King Institute of Preventive Medicine Micro-Biological Section reports 1909-11
Year: 1909
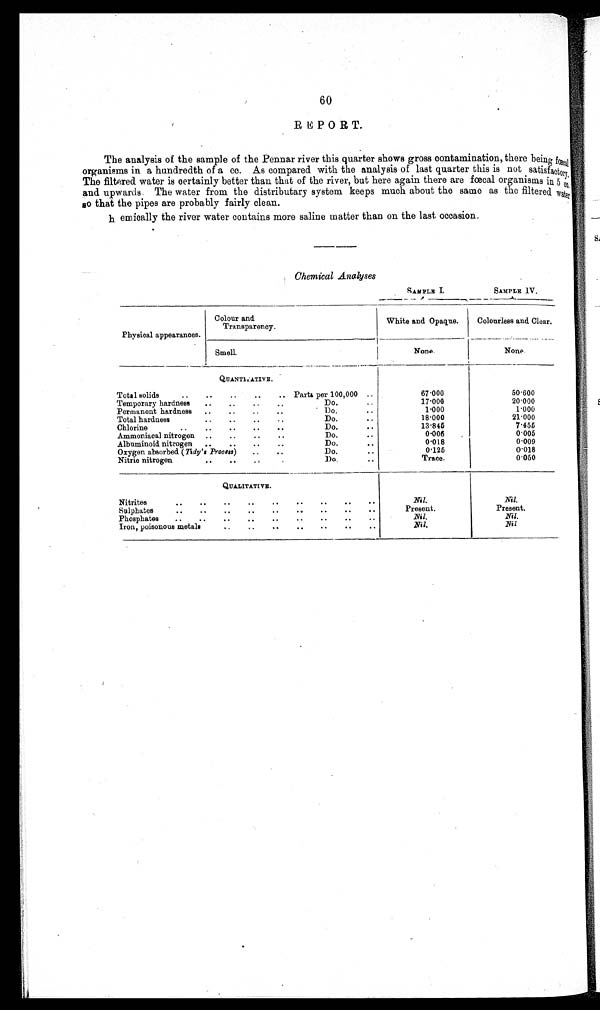
REPORT.
The analysis of the sample of the Pennar river this quarter shows gross contamination, there being fœoal
organisms in a hundredth of a cc. As compared with the analysis of last quarter this is not satisfactory.
The filtered water is certainly better than that of the river, but here again there are fœcal organisms in 5 cc.
and upwards The water from the distributary system keeps much about the same as the filtered water
so that the pipes are probably fairly clean.
h emically the river water contains more saline matter than on the last occasion.
Chemical Analyses
SAMPLE L
SAMPLE I V .
Physical appearances.
Colour and
Transparency.
_
White and Opaque. Colourless and Clear.
Smell
None.
None
QUANTITATIVE.
Total solids
.. .. .. .. .. Parts per 100,000 ..
67.000
50.600
Temporary hardness .. .. .. . ,
Do.
..
1 7 . 0 0 0
20.000
Permanent hardness .. .. . , ..
Do.
..
1.000
1 . 0 0 0
Total hardness
.. .. .. ..
Do.
..
18.000
21.000
Chlorine
.. .. .. .. ..
Do.
..
13.845
7'155
Ammoniaca] nitrogen .. .. .. ..
Do.
. .
0.006
0.005
Albuminoid nitrogen .. .. .. ..
Do.
..
0.018
0.009
Oxygen absorbed (Tidy's _Process) .. ..
Do.
. . 0 125
0'018
Nitric nitrogen
.. ..
. .
Do.
. .
Trace.
0.050
QUALITATIVE.
Nitrites
.. .. .. .. .. .. .. .. ..
Nil.
Nil.
Sulphates
.. .. .. .. .. .. .. .. ..
Phosphates ..
.. .. .. .. ..
..
Present.
Nil.
Present.
Nil.
Iron, poisonous metals
.. .. .. .. .. .. ..
Nil.
Nil